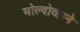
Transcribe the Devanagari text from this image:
मोल्दोव्हाने